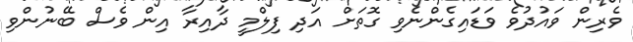
ވެރިން ވައުދުވެ ވަޑައިގެންނެވި ގޮތަށް އަދި ފިލްމީ ދާއިރާ އިން ވެސް ބޭނުންވި